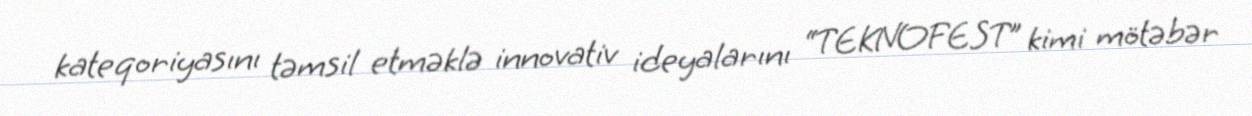
kateqoriyasını təmsil etməklə innovativ ideyalarını “TEKNOFEST” kimi mötəbər